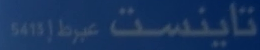
تاینست عبرط إز